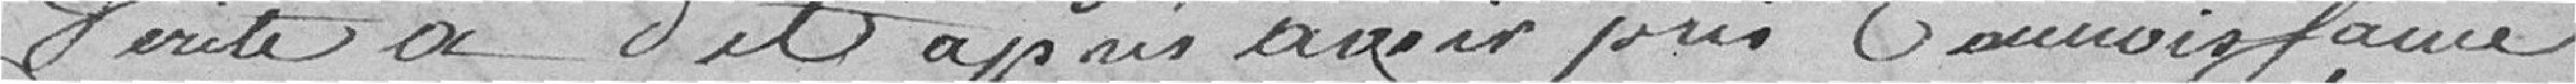
vérité a dit après avoir pris connaissance